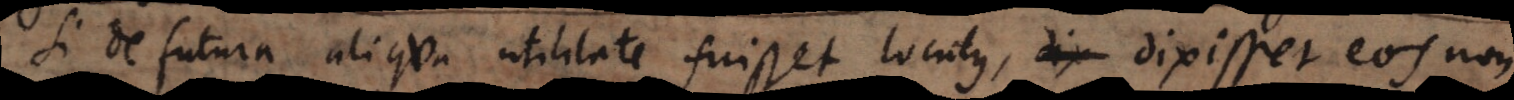
Si de futura aliqua utilitate fuisset locutus, dixisset eos non